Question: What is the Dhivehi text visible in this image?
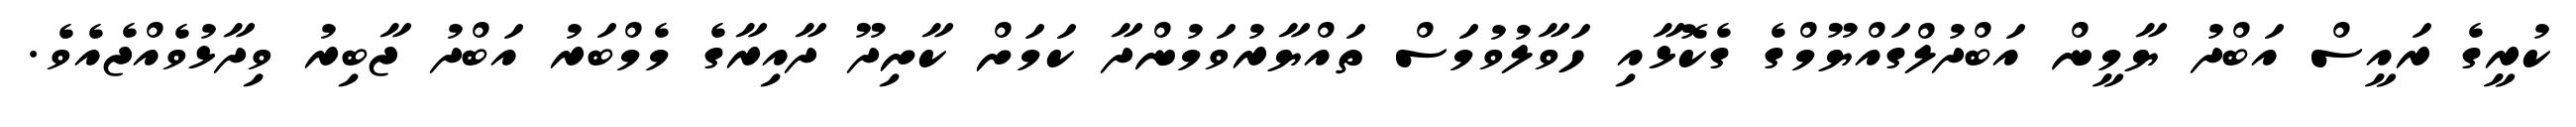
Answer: ކުރީގެ ރައީސް އަބްދު ޔާމީން އަބްދުލްގައްޔޫމްގެ ގެކޮޅާއި ހަވާލުވުމަސް ތައްޔާރުވަމުންދާ ކަމަށް ކާށިދޫ ދާއިރާގެ މެމްބަރު އަބްދު ޖާބިރު ވިދާޅުވެއްޖެއެވެ.